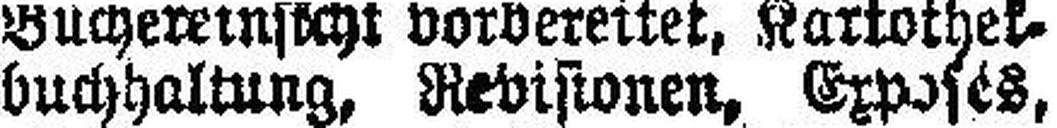
buchhaltung, Revisionen, Exposés,